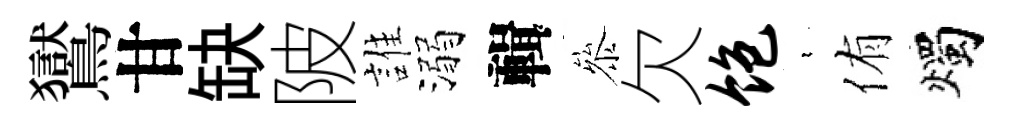
鸑甘缺陂誰溺輯叅欠饱裊侑燭